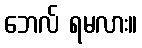
ဘေလ် ရမလား။